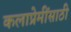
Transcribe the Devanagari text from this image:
कलाप्रेमींसाठी